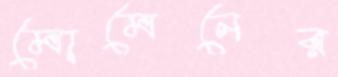
মোমেনের